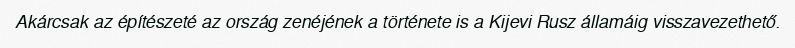
Akárcsak az építészeté az ország zenéjének a története is a Kijevi Rusz államáig visszavezethető.